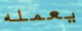
يعمله